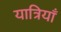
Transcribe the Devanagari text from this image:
यात्रियाँ